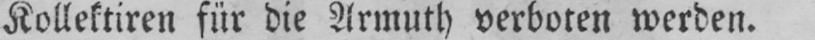
Kollektiren für die Armuth verboten werden.